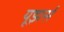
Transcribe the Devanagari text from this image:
यूझर्स